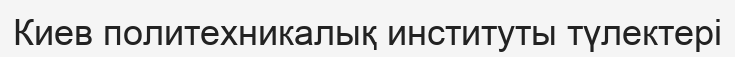
Киев политехникалық институты түлектері